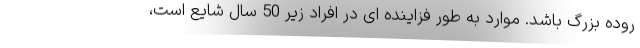
روده بزرگ باشد. موارد به طور فزاینده ای در افراد زیر 50 سال شایع است،